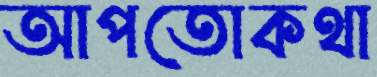
আপতোকথা